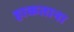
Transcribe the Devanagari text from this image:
हाकताना